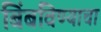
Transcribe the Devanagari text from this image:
बिंबविण्याचा